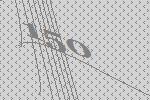
150